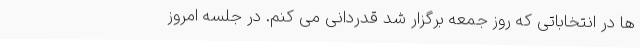
ها در انتخاباتی که روز جمعه برگزار شد قدردانی می کنم. در جلسه امروز